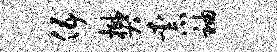
伍樊柰袖